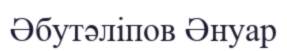
Әбутәліпов Әнуар